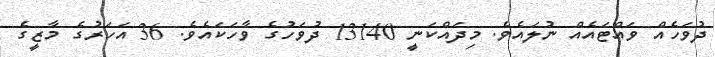
ދުވަހެއް ވައްޓައެއް ނުލައެވެ. މިދައްކަނީ 13140 ދުވަހުގެ ވާހަކައެވެ. 36 އަހަރުގެ މާޒީގެ